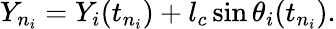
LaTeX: Y_{n_{i}}=Y_{i}(t_{n_{i}})+l_{c}\sin\theta_{i}(t_{n_{i}}).